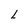
Character: L